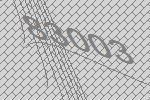
83003